Report on horse surra - Volume II, Part I
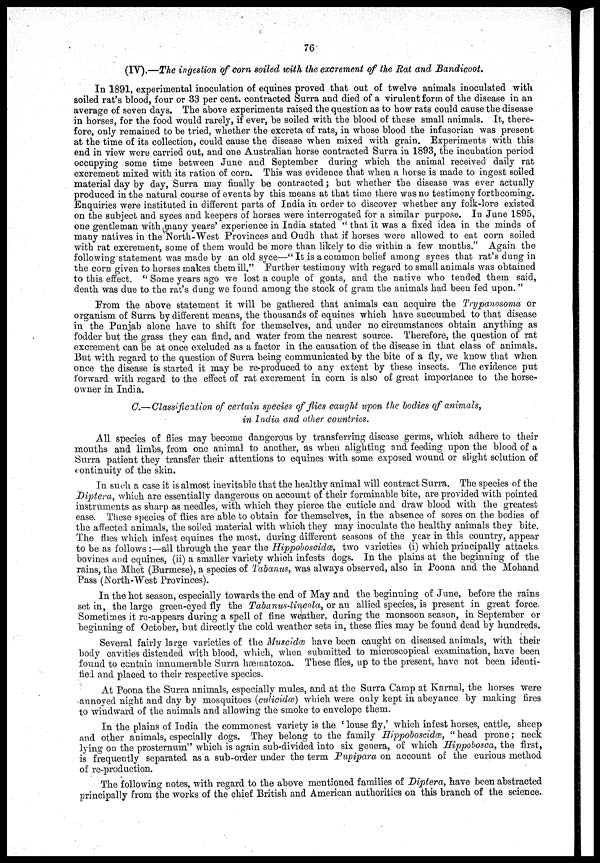
76
(IV).—The ingestion of corn soiled with the excrement of the Rat and Bandicoot.
In 1891, experimental inoculation of equines proved that out of twelve animals inoculated with
soiled rat's blood, four or 33 per cent. contracted Surra and died of a virulent form of the disease in an
average of seven days. The above experiments raised the question as to how rats could cause the disease
in horses, for the food would rarely, if ever, be soiled with the blood of these small animals. It, there-
fore, only remained to be tried, whether the excreta of rats, in whose blood the infusorian was present
at the time of its collection, could cause the disease when mixed with grain. Experiments with this
end in view were carried out, and one Australian horse contracted Surra in 1893, the incubation period
occupying some time between June and September during which the animal received daily rat
excrement mixed with its ration of corn. This was evidence that when a horse is made to ingest soiled
material day by day, Surra may finally be contracted; but whether the disease was ever actually
produced in the natural course of events by this means at that time there was no testimony forthcoming.
Enquiries were instituted in different parts of India in order to discover whether any folk-lore existed
on the subject and syces and keepers of horses were interrogated for a similar purpose. In June 1895,
one gentleman with many years' experience in India stated " that it was a fixed idea in the minds of
many natives in the North-West Provinces and Oudh that if horses were allowed to eat corn soiled
with rat excrement, some of them would be more than likely to die within a few months." Again the
following statement was made by an old syce—"It is a common belief among syces that rat's dung in
the corn given to horses makes them ill." Further testimony with regard to small animals was obtained
to this effect. "Some years ago we lost a couple of goats, and the native who tended them said,
death was due to the rat's dung we found among the stock of gram the animals had been fed upon."
From the above statement it will be gathered that animals can acquire the Trypanosoma or
organism of Surra by different means, the thousands of equines which have succumbed to that disease
in the Punjab alone have to shift for themselves, and under no circumstances obtain anything as
fodder but the grass they can find, and water from the nearest source. Therefore, the question of rat
excrement can be at once excluded as a factor in the causation of the disease in that class of animals.
But with regard to the question of Surra being communicated by the bite of a fly, we know that when
once the disease is started it may be re-produced to any extent by these insects. The evidence put
forward with regard to the effect of rat excrement in corn is also of great importance to the horse-
owner in India.
C.— Classification of certain species of flies caught upon the bodies of animals,
in India and other countries.
All species of flies may become dangerous by transferring disease germs, which adhere to their
mouths and limbs, from one animal to another, as when alighting and feeding upon the blood of a
Surra patient they transfer their attentions to equines with some exposed wound or slight solution of
continuity of the skin.
In such a case it is almost inevitable that the healthy animal will contract Surra. The species of the
Diptera, which are essentially dangerous on account of their forminable bite, are provided with pointed
instruments as sharp as needles, with which they pierce the cuticle and draw blood with the greatest
ease. These species of flies are able to obtain for themselves, in the absence of sores on the bodies of
the affected animals, the soiled material with which they may inoculate the healthy animals they bite.
The flies which infest equines the most, during different seasons of the year in this country, appear
to be as follows :—all through the year the Hippoboscidæ, two varieties (i) which principally attacks
bovines and equines, (ii) a smaller variety which infests dogs. In the plains at the beginning of the
rains, the Mhet (Burmese), a species of Tabanus, was always observed, also in Poona and the Mohand
Pass (North-West Provinces).
In the hot season, especially towards the end of May and the beginning of June, before the rains
set in, the large green-eyed fly the Tabanus-lineola, or an allied species, is present in great force.
Sometimes it re-appears during a spell of fine weather, during the monsoon season, in September or
beginning of October, but directly the cold weather sets in, these flies may be found dead by hundreds.
Several fairly large varieties of the Muscidæ have been caught on diseased animals, with their
body cavities distended with blood, which, when submitted to microscopical examination, have been
found to contain innumerable Surra hæmatozoa. These flies, up to the present, have not been identi-
fied and placed to their respective species.
At Poona the Surra animals, especially mules, and at the Surra Camp at Karnal, the horses were
annoyed night and day by mosquitoes (culicidæ) which were only kept in abeyance by making fires
to windward of the animals and allowing the smoke to envelope them.
In the plains of India the commonest variety is the 'louse fly,' which infest horses, cattle, sheep
and other animals, especially dogs. They belong to the family Hippoboscidæ, "head prone; neck
lying on the prosternum" which is again sub-divided into six genera, of which Hippobosca, the first,
is frequently separated as a sub-order under the term Pupipara on account of the curious method
of re-production.
The following notes, with regard to the above mentioned families of Diptera, have been abstracted
principally from the works of the chief British and American authorities on this branch of the science.